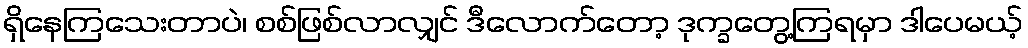
ရှိနေကြသေးတာပဲ၊ စစ်ဖြစ်လာလျှင် ဒီလောက်တော့ ဒုက္ခတွေ့ကြရမှာ ဒါပေမယ့်